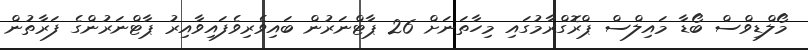
މޯލްޑިވްސް ބޯޑާ މައިލްސް ޕްރޮގްރާމުގައި މިހާތަނަށް 26 ޕާޓްނަރުން ބައިވެރިވެފައިވާއިރު ޕާޓްނަރުންގެ ފަރާތުން